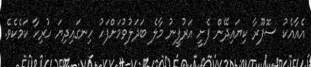
އެއާއެކު ސޮފޫރާ ކިޔައިދޭން ފެށީ އަރުފީނު މާލެ ބަދަލުވުމަށްފަހު ހިނގައިދިޔަ ހުރިހާ ކަމެކެވެ.